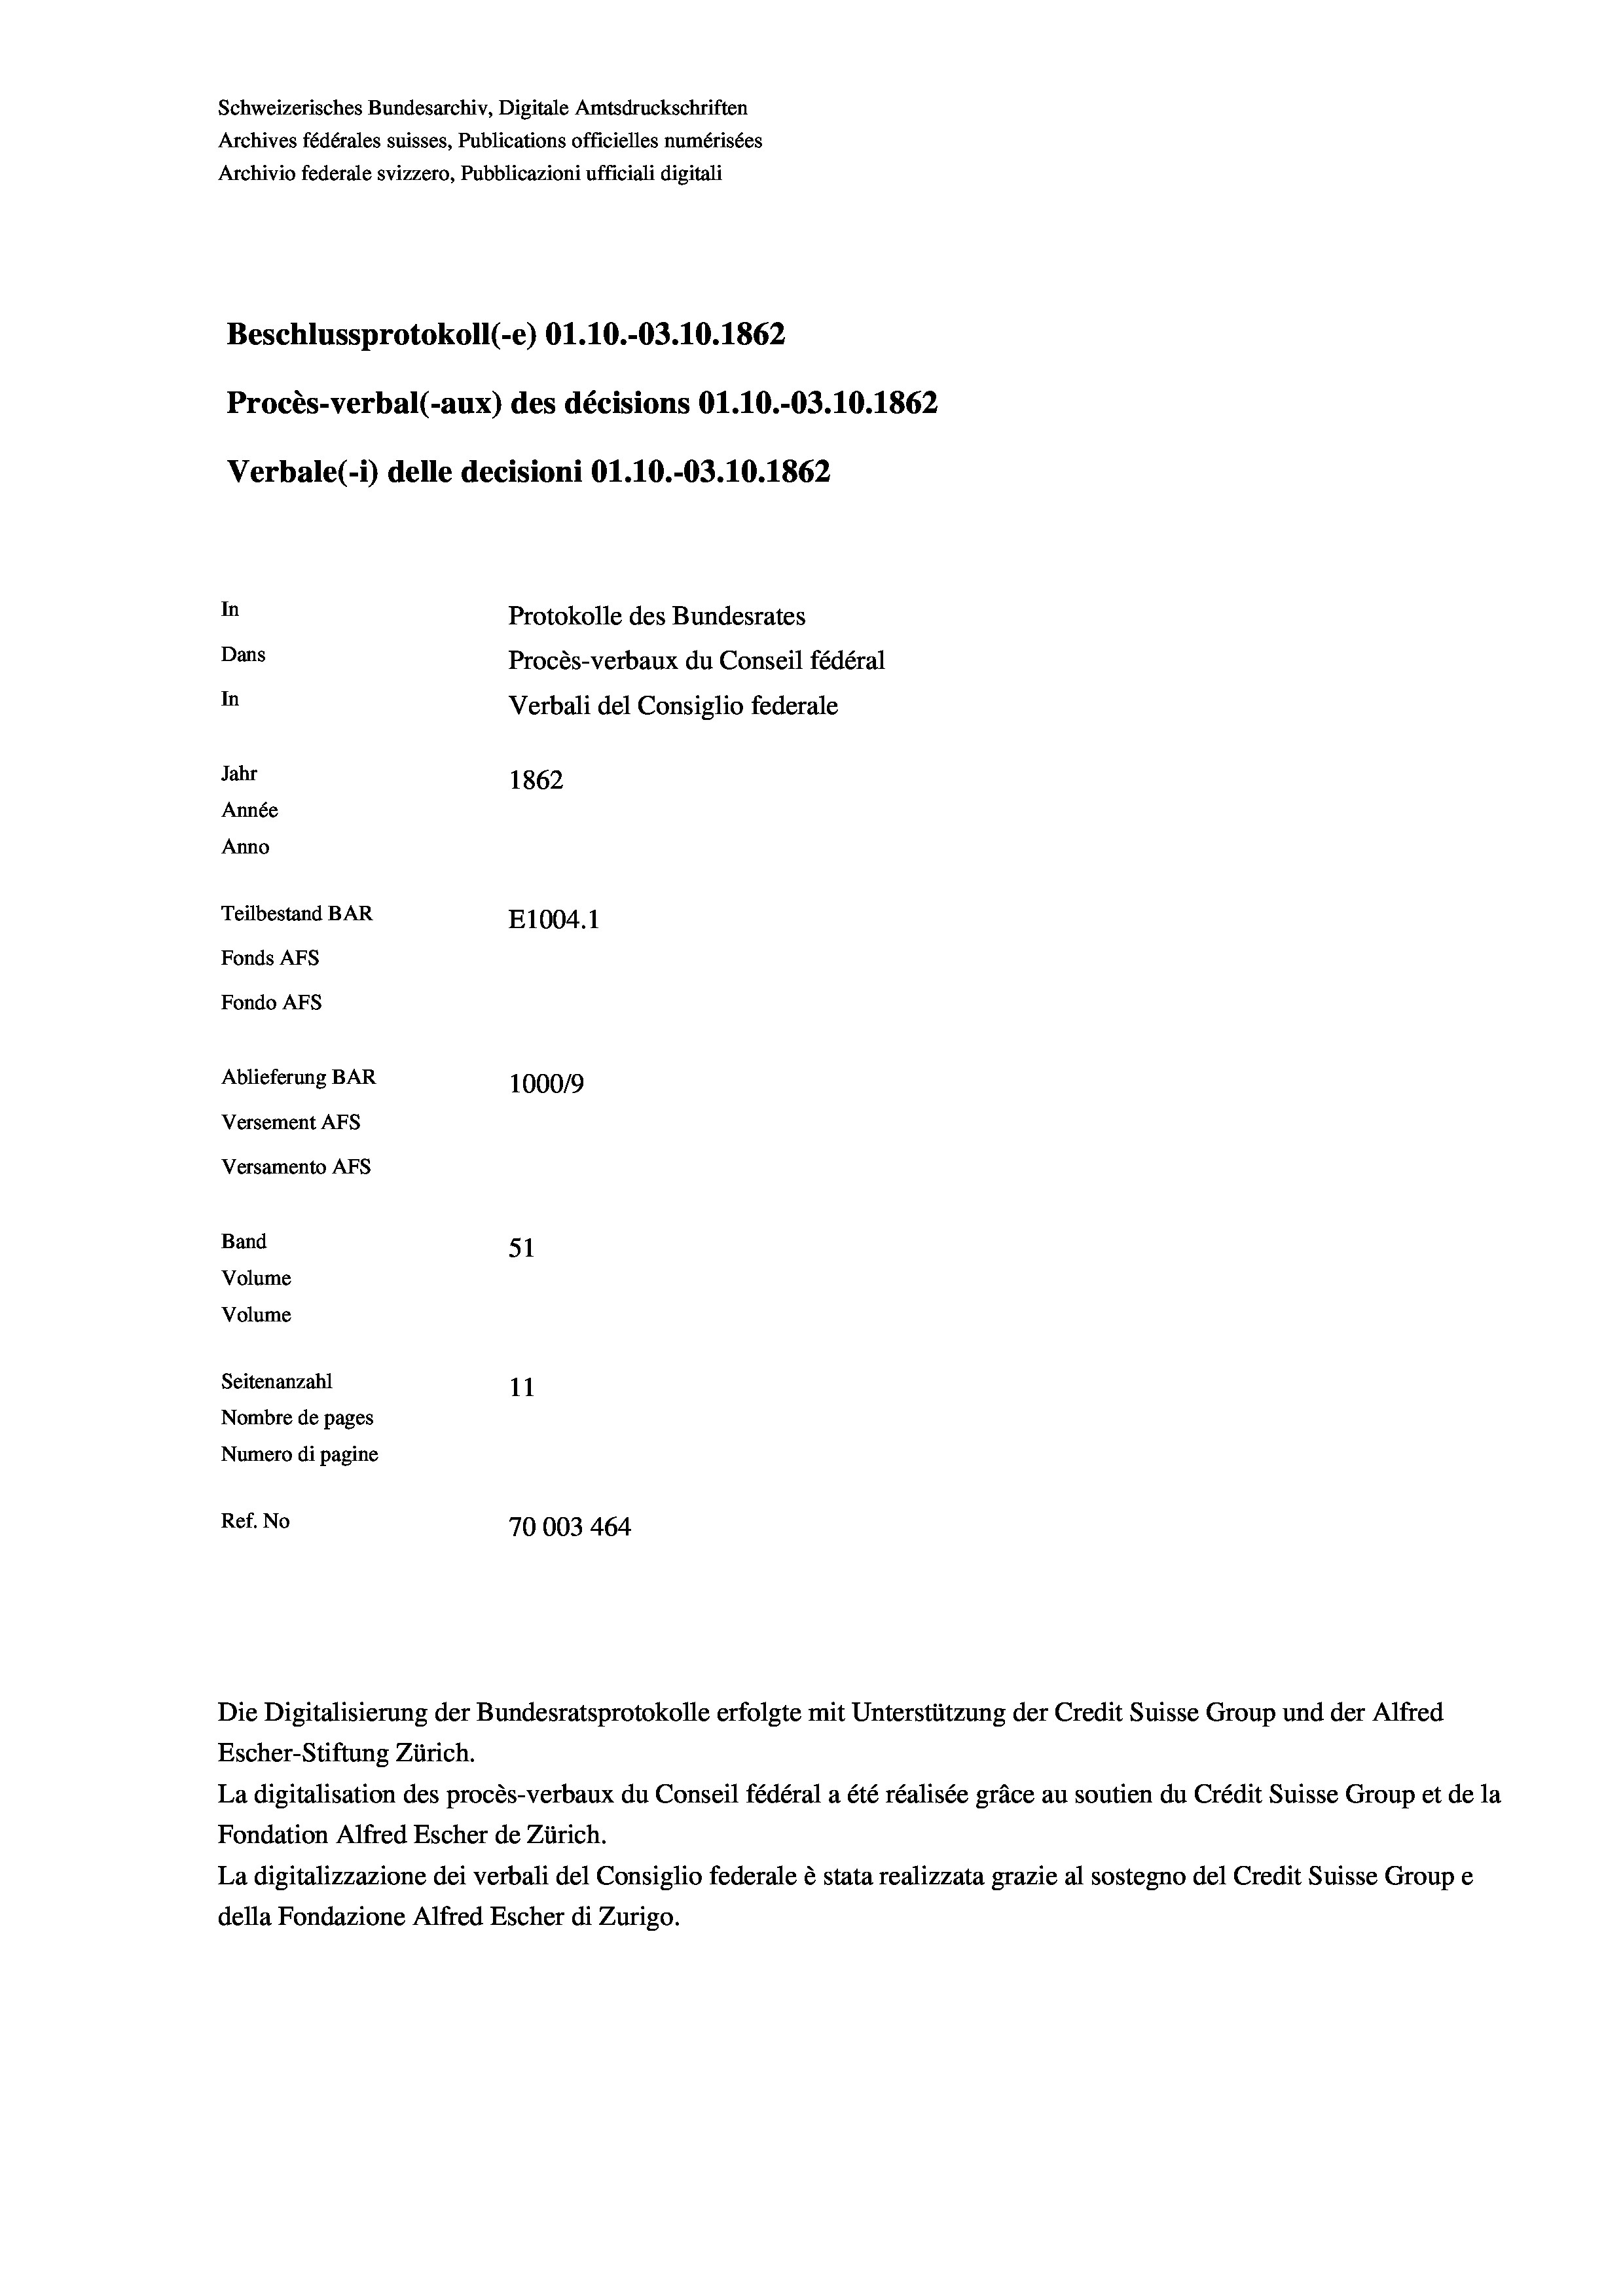
Beschlussprotokoll (-e) O1.10.-03.10.1862
Procès-verbal (-aux) des décisions O1.10.-03.10.1862
Verbale(-*) delle decisioni O1.10.-03.10.1862
In
Protokolle des Bundesrates
Dans
Procès-verbaux du Conseil fédéral
In
Verbali del Consiglio federale
Jahr
1862
Année
Anno
Teilbestand BAR
E1004. 1
Fonds AFs
Fondo Afs
Ablieferung BAR
100019
Versement Ans
Versamento Afs

Band
Volume
Volume
Seitenanzahl

51
11
Nombre de pages
Numero di pagine
Ref. No
70003 464

Schweizerisches Bundesarchiv, Digitale Amtsdruckschriften
Archives fédérales suisses, Publications officielles numérisées
Archivio federale svizzero, Pubblicazioni ufficiali digitali

Die Digitalisierung der Bundesratsprotokolle erfolgte mit Unterstützung der Credit Suisse Group und der Alfred

Escher-Stiftung Zürich.
La digitalisation des procès-verbaux du Conseil fédéral a été réalisée gräce au soutien du Crédit Suisse Group et de la
Fondation Alfred Escher de Zürich.
La digitalizzazione dei verbali del Consiglio federale è stata realizzata grazie al sostegno del Credit Suisse Groupe
della Fondazione Alfred Escher di Zurigo.